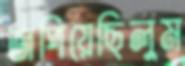
জপিয়েছিলুম